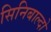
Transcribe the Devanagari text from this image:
सिनिबाल्दो